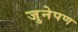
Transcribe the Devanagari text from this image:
जुनेपण